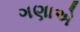
ગણાએ